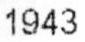
1943